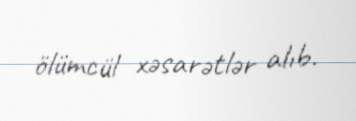
ölümcül xəsarətlər alıb.